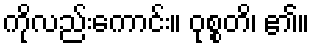
ကိုလည်းကောင်း။ ဝုစ္စတိ၊ ၏။